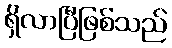
ရှိလာပြီဖြစ်သည်